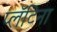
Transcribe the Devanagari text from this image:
प्लॅटिना